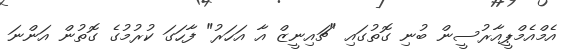
އެމްއެމްޕީއާރުސީން ބުނި ގޮތުގައި "ޗައިނީޒް އާ އަހަރު" ފާހަގަ ކުރުމުގެ ގޮތުން އަންނަ